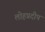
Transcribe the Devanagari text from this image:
लोहप्रदीप